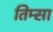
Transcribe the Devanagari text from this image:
तिम्सा